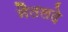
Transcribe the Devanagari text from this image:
नैतलदे